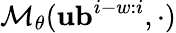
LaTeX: \mathcal{M}_{\theta}(\mathbf{ub}^{i-w:i},\cdot)